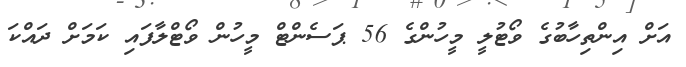
އަށް އިންތިހާބުގެ ވޯޓުލީ މީހުންގެ 56 ޕަސެންޓް މީހުން ވޯޓްލާފައި ކަމަށް ދައްކަ